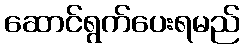
ဆောင်ရွက်ပေးရမည်